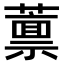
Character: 𫉿